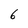
Character: 6